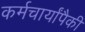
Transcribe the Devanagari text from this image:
कर्मचार्यांपैकी